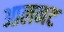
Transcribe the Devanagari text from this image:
आलनट